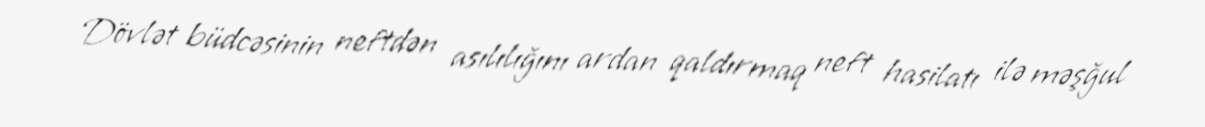
Dövlət büdcəsinin neftdən asılılığını ardan qaldırmaq neft hasilatı ilə məşğul